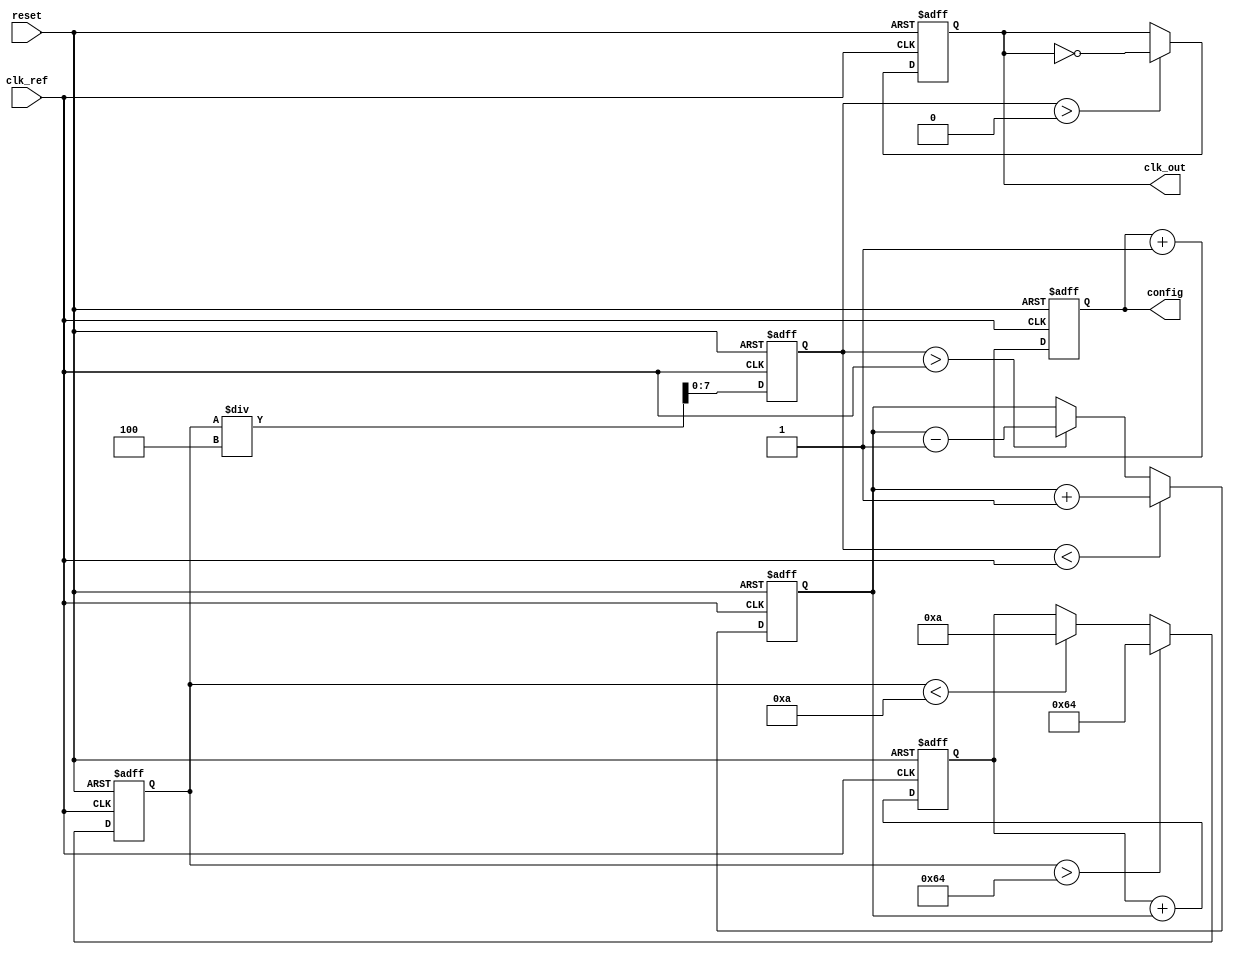
module pll (
    input wire clk_ref,         // Reference clock
    input wire reset,           // Reset signal
    output reg clk_out,         // Output clock
    output reg [7:0] config     // Configuration memory block (example)
);

    // Parameters
    parameter DIV_RATIO = 4;    // Frequency divider ratio
    parameter VCO_MAX_FREQ = 100; // Max VCO frequency
    parameter VCO_MIN_FREQ = 10;  // Min VCO frequency

    // Internal signals
    reg [7:0] phase_error;       // Phase error signal
    reg [7:0] control_voltage;    // Control voltage for VCO
    reg [7:0] vco_freq;           // Current VCO frequency
    reg [7:0] feedback;           // Feedback from VCO

    // Phase Detector
    always @(posedge clk_ref or posedge reset) begin
        if (reset) begin
            phase_error <= 0;
        end else begin
            // Simple phase detector logic
            if (feedback < clk_ref) begin
                phase_error <= phase_error + 1; // VCO is lagging
            end else if (feedback > clk_ref) begin
                phase_error <= phase_error - 1; // VCO is leading
            end
        end
    end

    // Loop Filter (simple first-order filter)
    always @(posedge clk_ref or posedge reset) begin
        if (reset) begin
            control_voltage <= 0;
        end else begin
            control_voltage <= control_voltage + phase_error; // Integrate phase error
        end
    end

    // Voltage-Controlled Oscillator (VCO)
    always @(posedge clk_ref or posedge reset) begin
        if (reset) begin
            vco_freq <= VCO_MIN_FREQ; // Initialize VCO frequency
        end else begin
            // Control VCO frequency based on control voltage
            vco_freq <= control_voltage; // Simplified VCO model
            if (vco_freq > VCO_MAX_FREQ) begin
                vco_freq <= VCO_MAX_FREQ; // Clamp to max frequency
            end else if (vco_freq < VCO_MIN_FREQ) begin
                vco_freq <= VCO_MIN_FREQ; // Clamp to min frequency
            end
        end
    end

    // Frequency Divider
    always @(posedge clk_ref or posedge reset) begin
        if (reset) begin
            feedback <= 0;
            clk_out <= 0;
        end else begin
            feedback <= (vco_freq / DIV_RATIO); // Divide VCO frequency
            // Generate output clock based on feedback
            if (feedback > 0) begin
                clk_out <= ~clk_out; // Toggle output clock
            end
        end
    end

    // Configuration Memory Block (example)
    always @(posedge clk_ref or posedge reset) begin
        if (reset) begin
            config <= 8'hFF; // Default configuration
        end else begin
            // Example logic to update configuration
            config <= config + 1; // Increment config for demonstration
        end
    end

endmodule